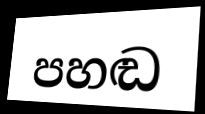
පහඬ